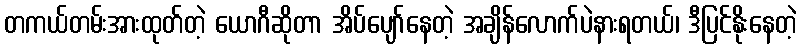
တကယ်တမ်းအားထုတ်တဲ့ ယောဂီဆိုတာ အိပ်ပျော်နေတဲ့ အချိန်လောက်ပဲနားရတယ်၊ ဒီပြင်နိုးနေတဲ့